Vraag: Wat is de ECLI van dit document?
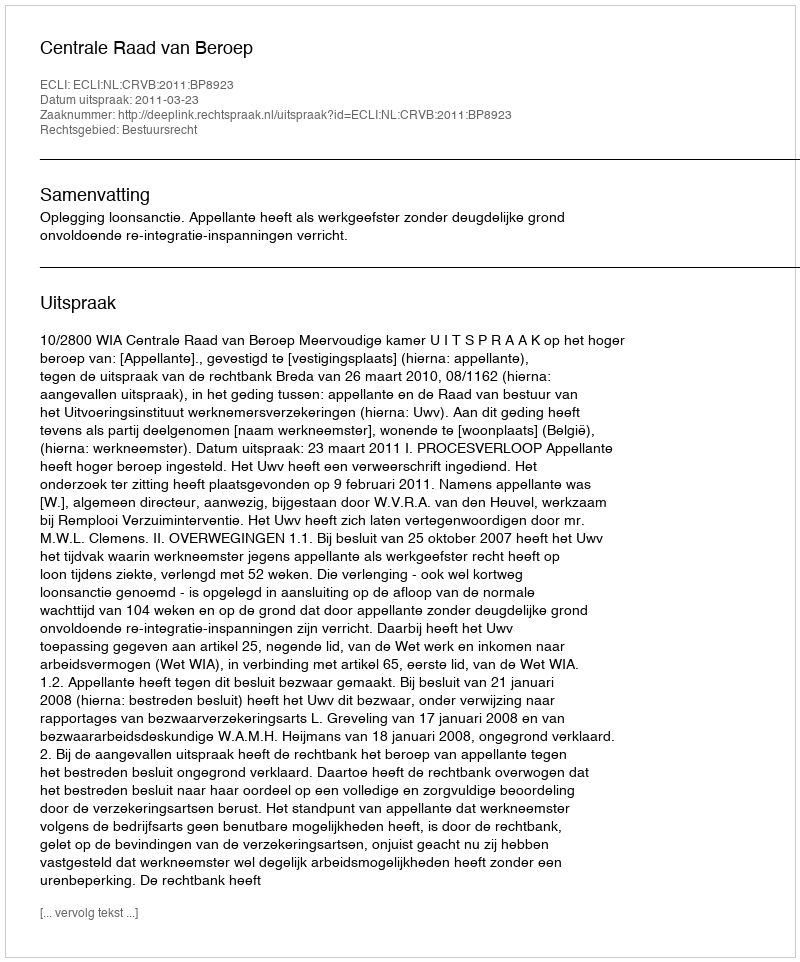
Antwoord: ECLI:NL:CRVB:2011:BP8923